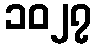
၁၀၂၇